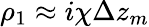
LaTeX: \rho_{1}\approx i\chi\Delta z_{m}